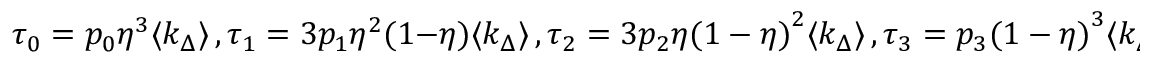
\tau _ { 0 } = p _ { 0 } \eta ^ { 3 } \langle k _ { \Delta } \rangle \, , \tau _ { 1 } = 3 p _ { 1 } \eta ^ { 2 } ( 1 - \eta ) \langle k _ { \Delta } \rangle \, , \tau _ { 2 } = 3 p _ { 2 } \eta { ( 1 - \eta ) } ^ { 2 } \langle k _ { \Delta } \rangle \, , \tau _ { 3 } = p _ { 3 } { ( 1 - \eta ) } ^ { 3 } \langle k _ { \Delta } \rangle \, .